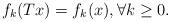
LaTeX: \begin{align*}f_k(Tx)=f_k(x),\forall k\geq 0.\end{align*}